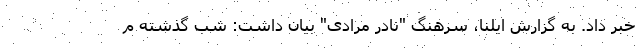
خبر داد. به گزارش ایلنا، سرهنگ "نادر مرادی" بیان داشت: شب گذشته م